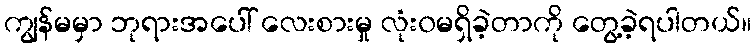
ကျွန်မမှာ ဘုရားအပေါ် လေးစားမှု လုံး၀မရှိခဲ့တာကို တွေ့ခဲ့ရပါတယ်။